Epidemic dropsy in Calcutta - Number 49
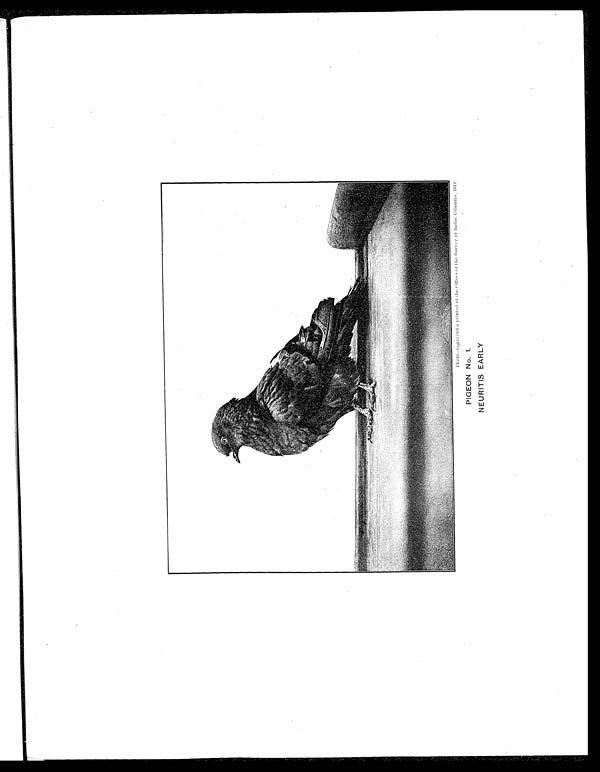
Photo.-Engraved printed at the offices of the,Sur vey of lndia, Calcutta. 1911
PIGEON No. 1.
NEURITIS EARLY